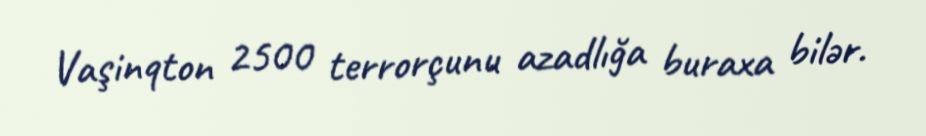
Vaşinqton 2500 terrorçunu azadlığa buraxa bilər.